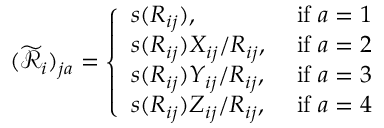
( \widetilde { \mathcal { R } } _ { i } ) _ { j a } = \left\{ \begin{array} { l l } { s ( R _ { i j } ) , } & { \mathrm { ~ i f ~ } a = 1 } \\ { s ( R _ { i j } ) X _ { i j } / R _ { i j } , } & { \mathrm { ~ i f ~ } a = 2 } \\ { s ( R _ { i j } ) Y _ { i j } / R _ { i j } , } & { \mathrm { ~ i f ~ } a = 3 } \\ { s ( R _ { i j } ) Z _ { i j } / R _ { i j } , } & { \mathrm { ~ i f ~ } a = 4 } \end{array} \right.